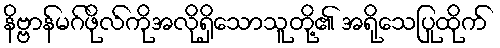
နိဗ္ဗာန်မဂ်ဖိုလ်ကိုအလိုရှိသောသူတို့၏ အရိုသေပြုထိုက်